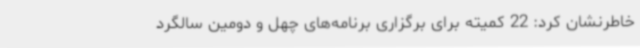
خاطرنشان کرد: 22 کمیته برای برگزاری برنامه‌های چهل و دومین سالگرد